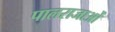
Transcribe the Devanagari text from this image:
पालराजाओं